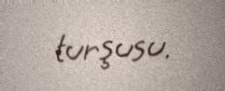
turşusu.